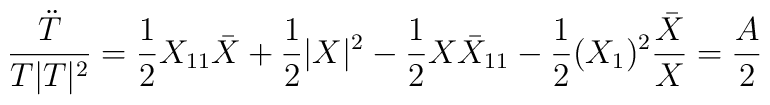
\frac{\ddot T}{T |T|^2} = \frac{1}{2} X_{11} \bar X        + \frac{1}{2}|X|^2 - \frac{1}{2} X{\bar{X}}_{11}        -\frac{1}{2}(X_{1})^2\frac{\bar{X}}{X} = \frac{A}{2}